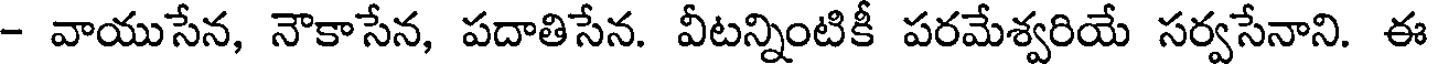
- వాయుసేన, నౌకాసేన, పదాతిసేన. వీటన్నింటికీ పరమేశ్వరియే సర్వసేనాని. ఈ